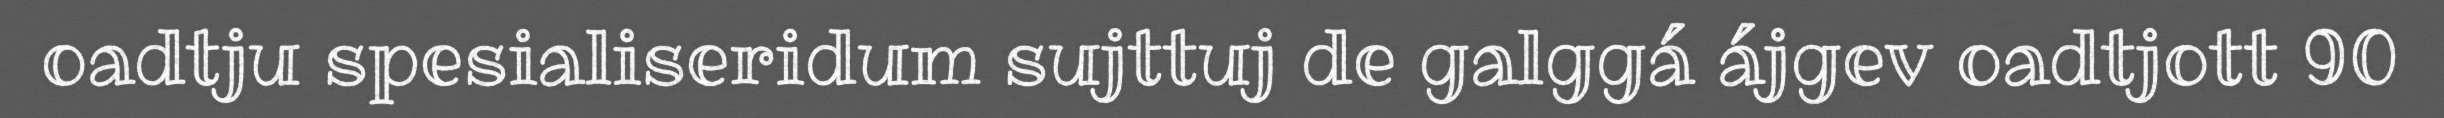
oadtju spesialiseridum sujttuj de galggá ájgev oadtjott 90